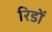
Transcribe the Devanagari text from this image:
रिडों